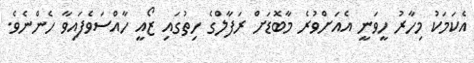
އެކަމަކު މިހާރު ހީވަނީ އެއަށްވުރެ މާބޮޑަށް ރަފާލްގެ ހިތުގައި ޒޯއީ ހާއްސަވެފައިވާ ހެންނެވެ.